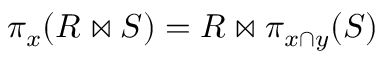
\pi _ { x } ( R \bowtie S ) = R \bowtie \pi _ { x \cap y } ( S )